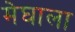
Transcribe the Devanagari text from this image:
मेघाला